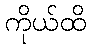
ကိုယ်ထိ